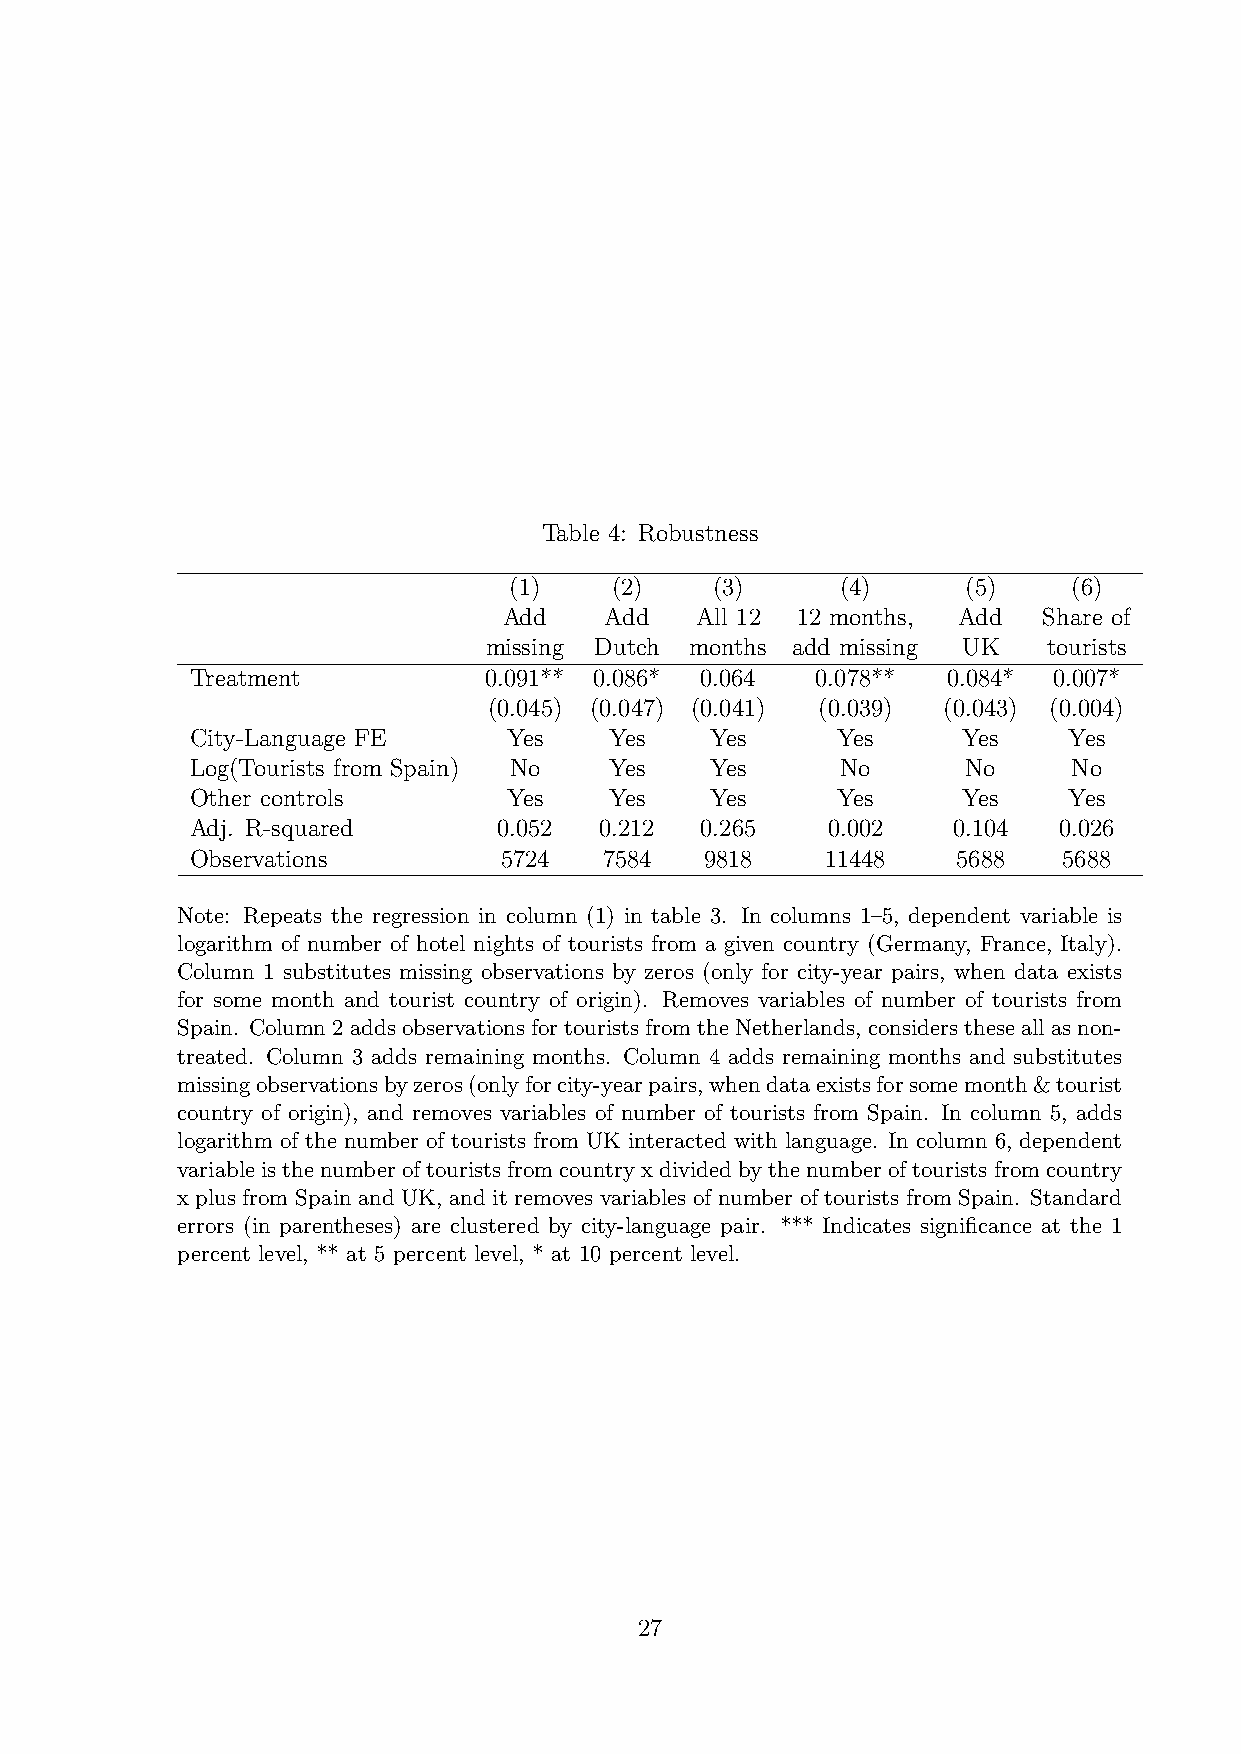
Table 4: Robustness
 (1)   (2)    (3)      (4)     (5)    (6)
 Add    Add   All 12 12 months, Add  Share of
 missing Dutch months add missing UK  tourists
 Treatment          0.091** 0.086* 0.064  0.078**  0.084* 0.007*
 (0.045) (0.047) (0.041) (0.039) (0.043) (0.004)
 City-Language FE     Yes   Yes    Yes     Yes      Yes    Yes
 Log(Tourists from Spain) No Yes   Yes      No      No     No
 Other controls       Yes   Yes    Yes     Yes      Yes    Yes
 Adj. R-squared      0.052  0.212 0.265    0.002   0.104  0.026
 Observations        5724   7584   9818    11448   5688   5688
 Note: Repeats the regression in column (1) in table 3. In columns 1–5, dependent variable is
 logarithm of number of hotel nights of tourists from a given country (Germany, France, Italy).
 Column 1 substitutes missing observations by zeros (only for city-year pairs, when data exists
 for some month and tourist country of origin). Removes variables of number of tourists from
 Spain. Column2 addsobservationsfortourists fromtheNetherlands, considers theseallas non-
 treated. Column 3 adds remaining months. Column 4 adds remaining months and substitutes
 missingobservationsbyzeros(onlyforcity-yearpairs,whendataexistsforsomemonth&tourist
 country of origin), and removes variables of number of tourists from Spain. In column 5, adds
 logarithm of the number of tourists from UK interacted with language. In column 6, dependent
 variableisthenumberoftouristsfromcountryxdividedbythenumberoftouristsfromcountry
 x plus from Spain and UK, and it removes variables of number of tourists from Spain. Standard
 errors (in parentheses) are clustered by city-language pair. *** Indicates significance at the 1
 percent level, ** at 5 percent level, * at 10 percent level.
 27